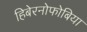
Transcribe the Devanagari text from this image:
हिबेरनोफोबिया